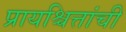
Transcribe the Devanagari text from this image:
प्रायश्चित्तांची